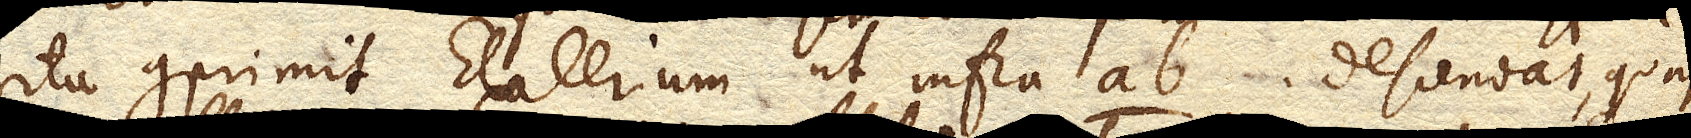
ita comprimit Elaterium ut infra ab. descendat, quasi